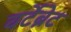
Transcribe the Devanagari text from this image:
वर्टेब्रेट